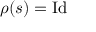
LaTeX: \rho ( s ) = { \mathrm { I d } }